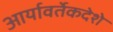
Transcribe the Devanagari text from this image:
आर्यावर्तेकदेशे